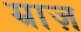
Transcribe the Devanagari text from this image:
म्राज़